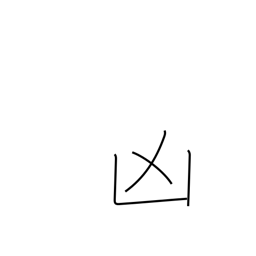
Meaning: disaster